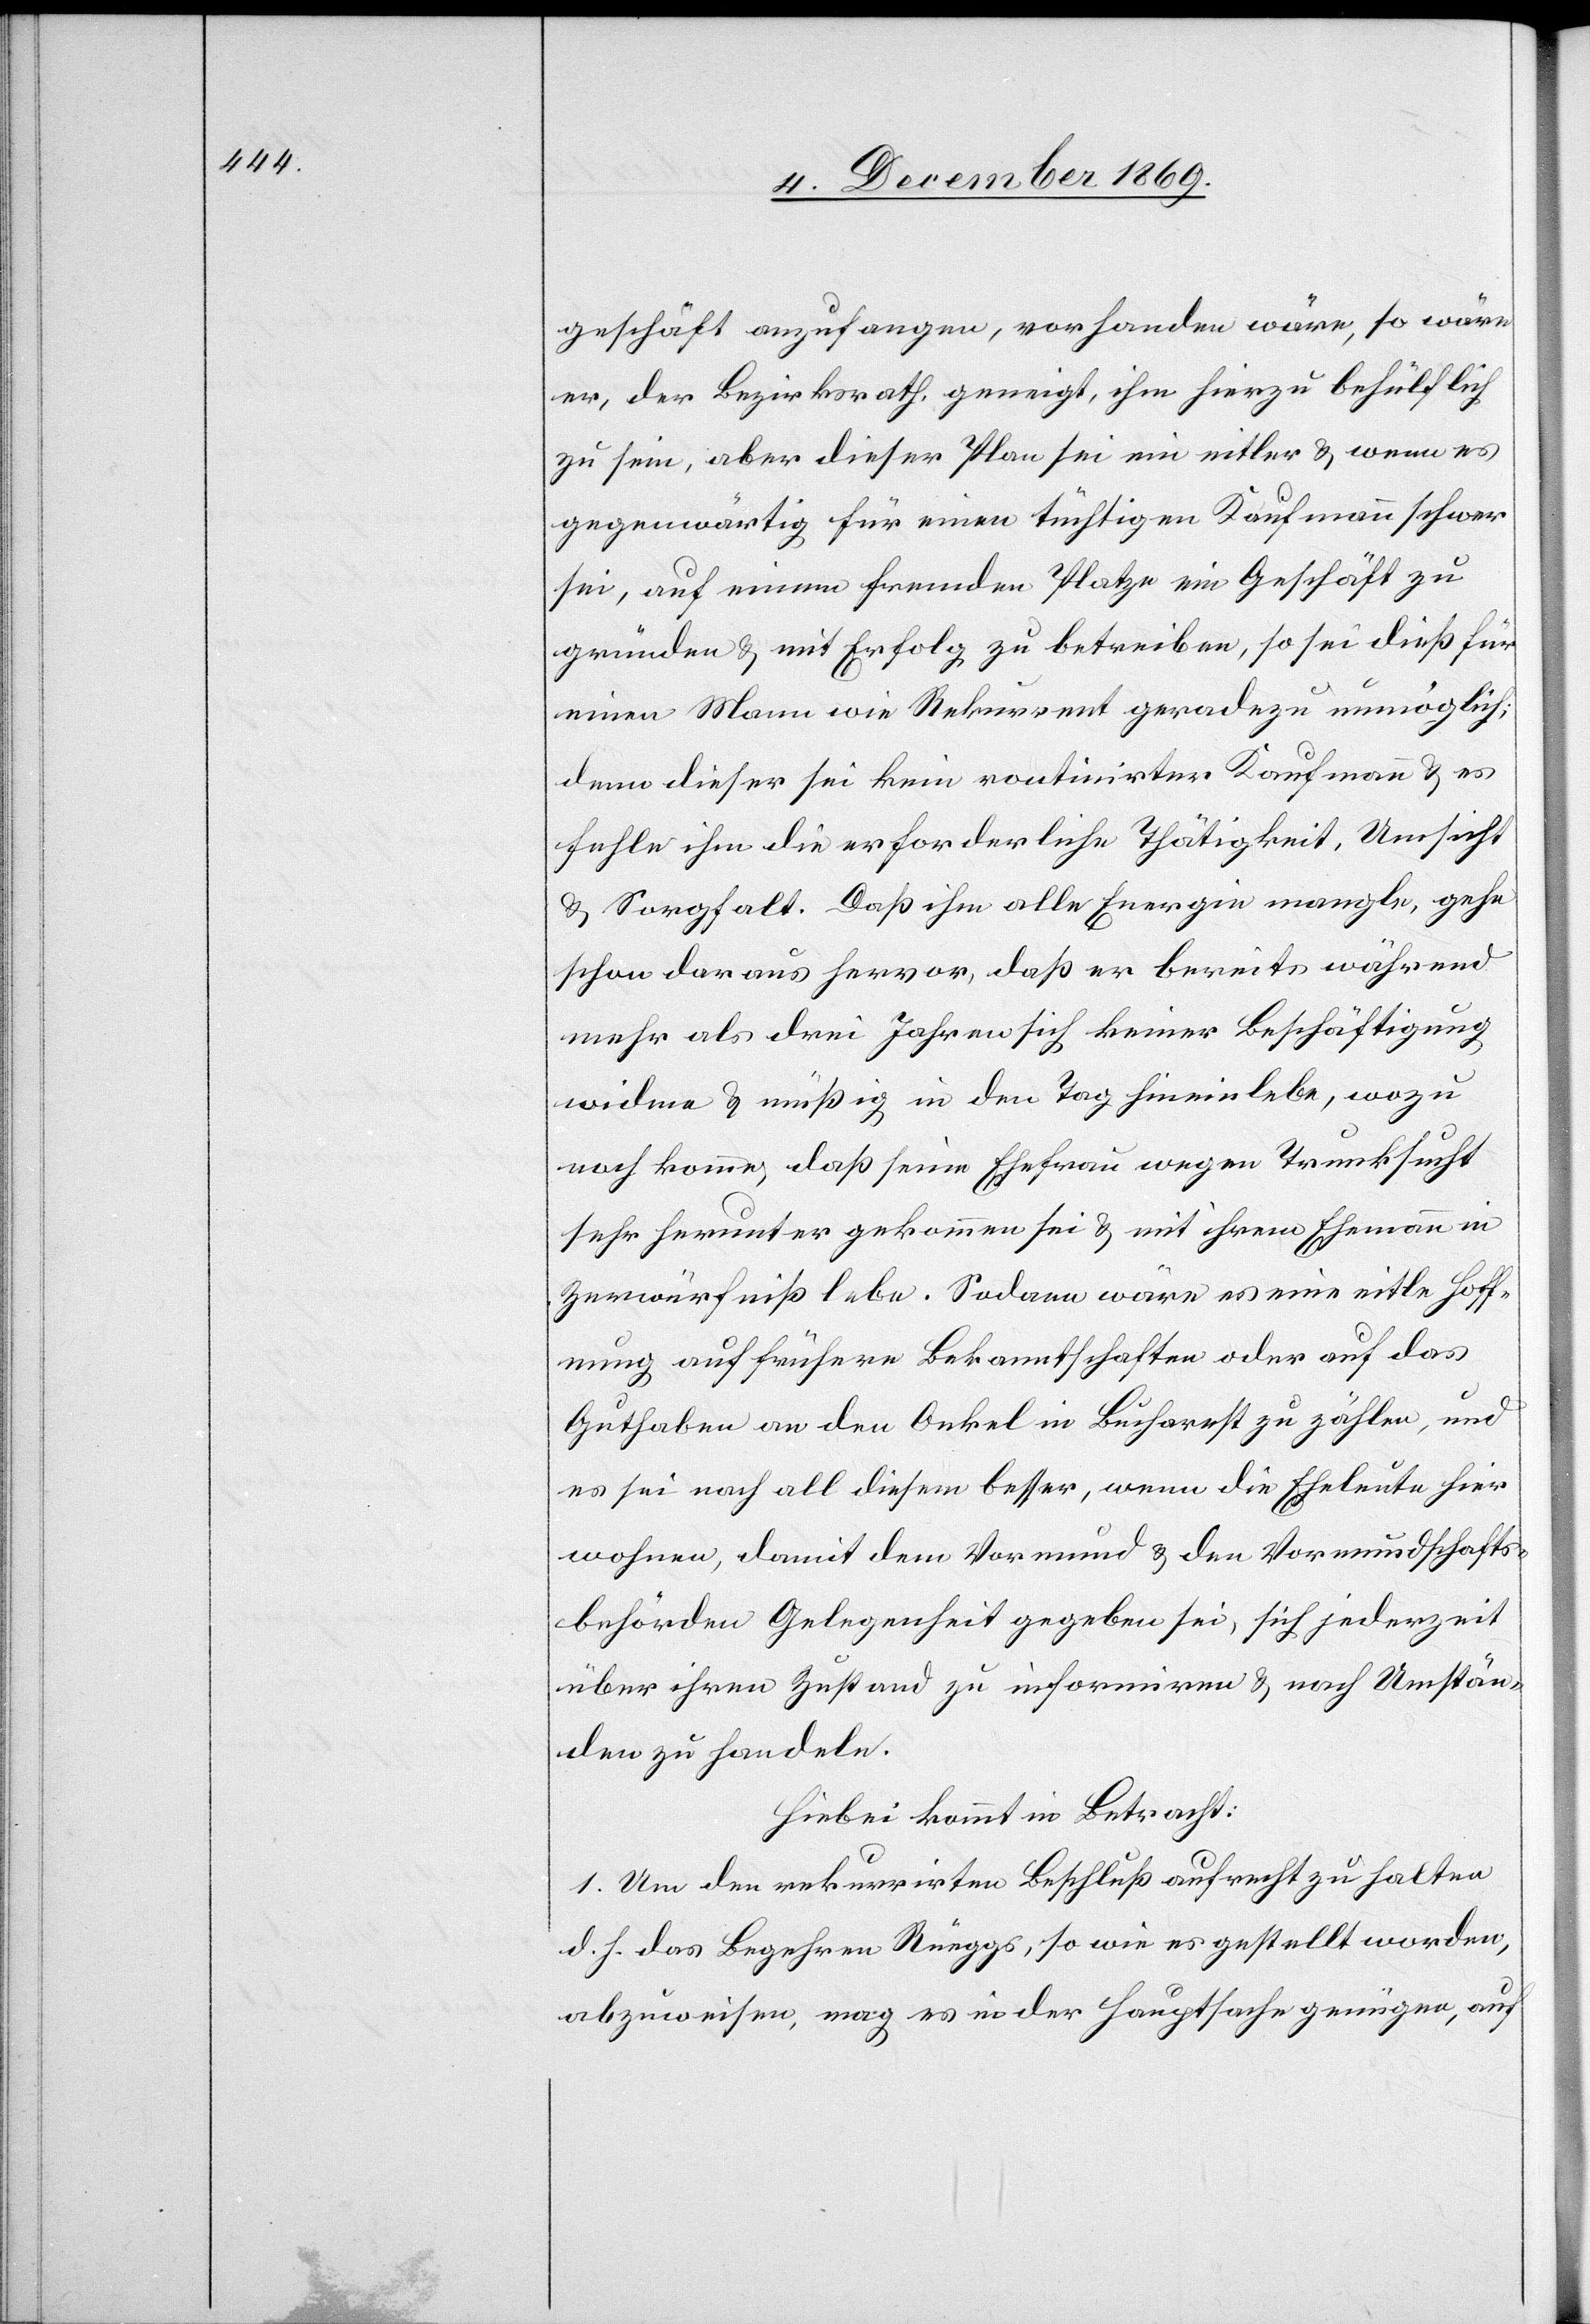
geschäft anzufangen, vorhanden wäre, so wäre
er, der Bezirksrath, geneigt, ihm hierzu behülflich
zu sein, aber dieser Plan sei ein eitler & wenn es
gegenwärtig für einen tüchtigen Kaufmann schwer
sei, auf einem fremden Platze ein Geschäft zu
gründen & mit Erfolg zu betreiben, so sei dieß für
einen Mann wie Rekurrent geradezu unmöglich;
denn dieser sei kein routinirter Kaufmann & es
fehle ihm die erforderliche Thätigkeit, Umsicht
& Sorgfalt. Daß ihm alle Energie mangle, gehe
schon daraus hervor, daß er bereits während
mehr als drei Jahren sich keiner Beschäftigung
widme & müßig in den Tag hinein lebe, wozu
noch komme, daß seine Ehefrau wegen Trunksucht
sehr herunter gekommen sei & mit ihrem Ehemann in
Zerwürfniß lebe. Sodann wäre es eine eitle Hoff¬
nung auf frühere Bekanntschaften oder auf das
Guthaben an den Onkel in Bucharest zu zählen, und
es sei nach all diesem besser, wenn die Eheleute hier
wohnen, damit dem Vormund & den Vormundschafts¬
behörden Gelegenheit gegeben sei, sich jederzeit
über ihren Zustand zu informiren & nach Umstän¬
den zu handeln.
Hiebei kommt in Betracht:
1. Um den rekurrirten Beschluß aufrecht zu halten
d. h. das Begehren Rüeggs, so wie es gestellt worden,
abzuweisen, mag es in der Hauptsache genügen, auf